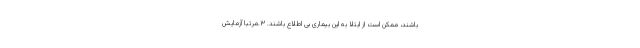
باشند، ممکن است از ابتلا به این بیماری بی اطلاع باشند. ۳.مرتباً آزمایش